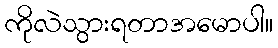
ကိုလဲသွားရတာအမောပါ။